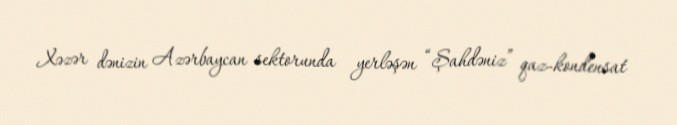
Xəzər dənizin Azərbaycan sektorunda yerləşən “Şahdəniz” qaz-kondensat